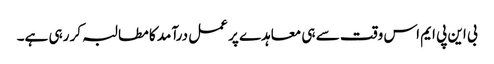
بی این پی ایم اس وقت سے ہی معاہدے پر عمل درآمد کا مطالبہ کر رہی ہے۔